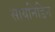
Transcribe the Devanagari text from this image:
सायनिडिन